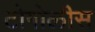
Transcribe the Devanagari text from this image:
टोगोलीस